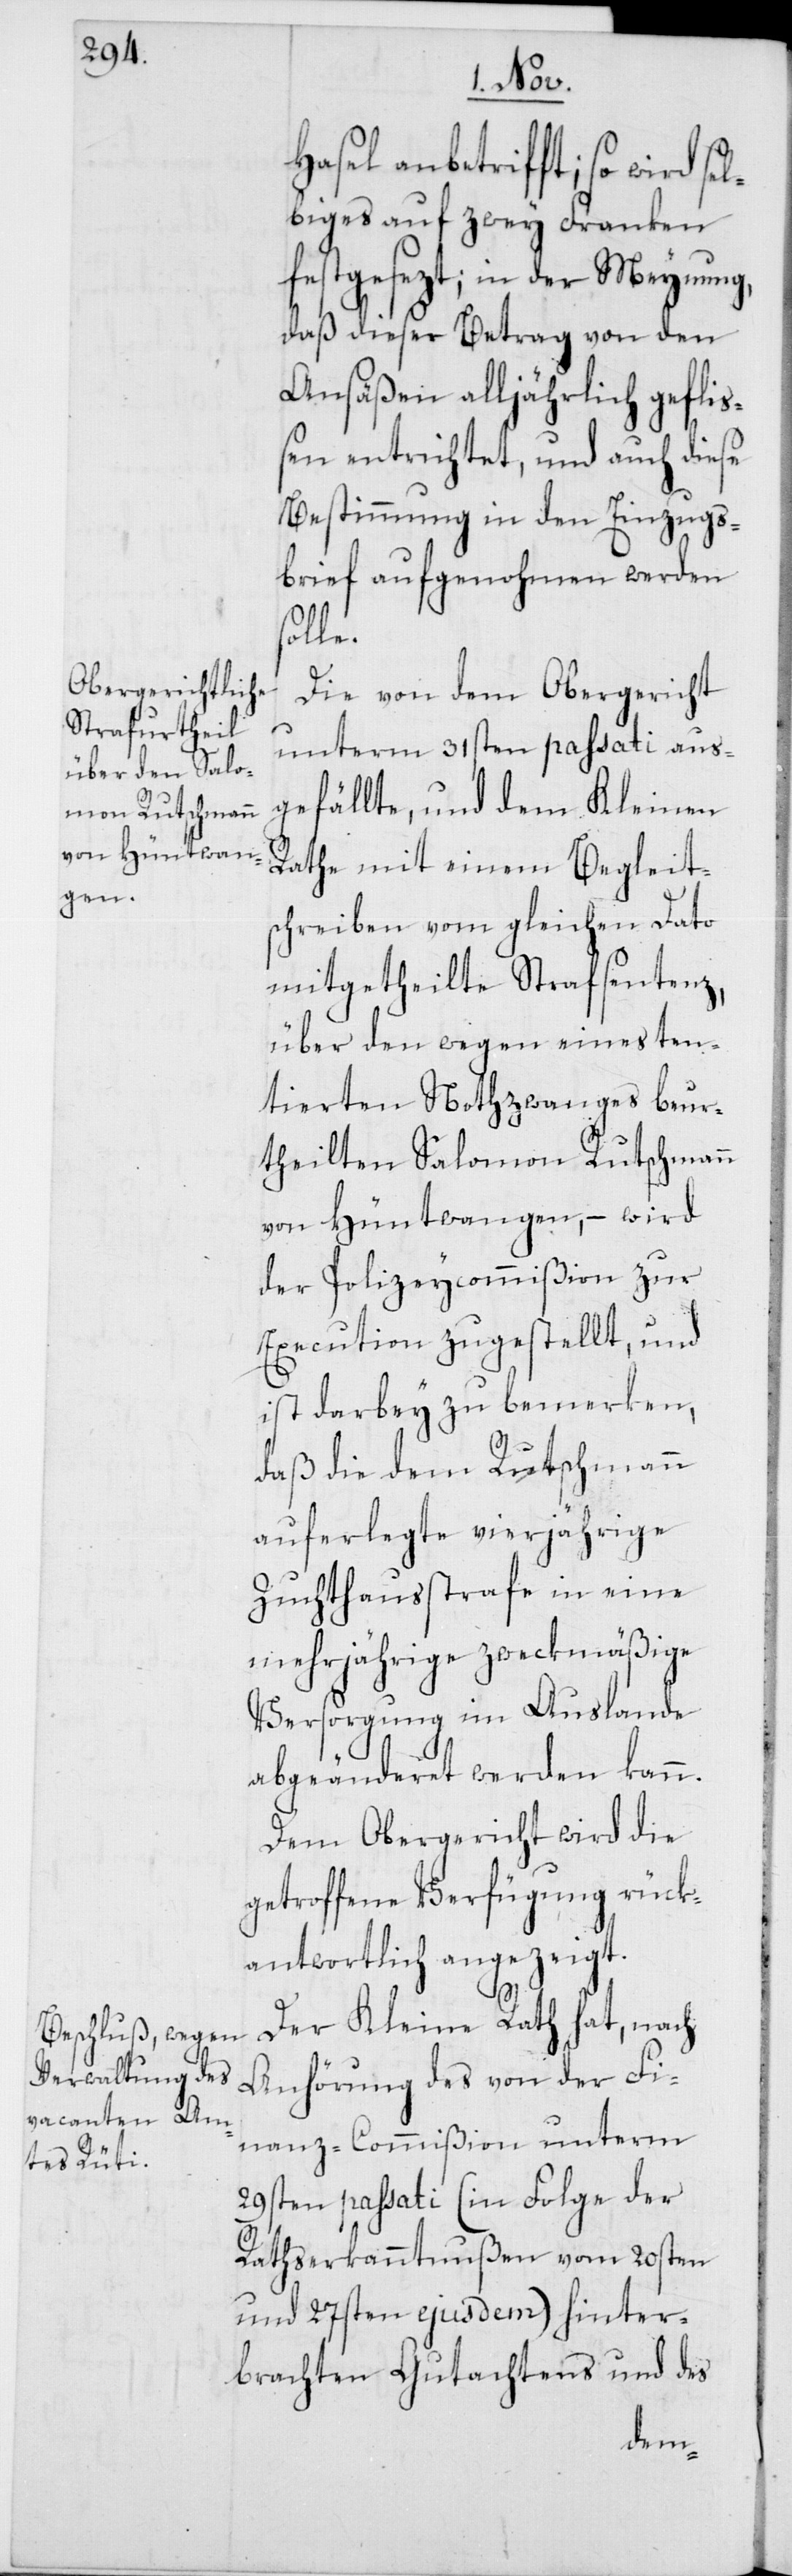
Hasel anbetrifft; so wird se¬
lbiges auf zwey Franken
festgesezt; in der Meynung,
daß dieser Betrag von den
Ansäßen alljährlich gefli¬
ßen entrichtet, und auch diese
Bestimmung in den Einzugs¬
brief aufgenohmen werden
solle.
Die von dem Obergericht
unterm 31sten passati aus¬
gefällte, und dem Kleinen
Rathe mit einem Begleit¬
schreiben vom gleichen Dato
mitgetheilte Strafsentenz,
über den wegen eines ten¬
tierten Nothzwanges beur¬
theilten Salomon Rutschmann
von Hüntwangen, – wird
der Polizeycommißion zur
Execution zugestellt, und
ist darbey zu bemerken,
daß die dem Rutschmann
auferlegte vierjährige
Zuchthausstrafe in eine
mehrjährige zweckmäßige
Versorgung im Auslande
abgeänderet werden kann.
Dem Obergericht wird die
getroffene Verfügung rück¬
antwortlich angezeigt.
Der Kleine Rath hat, nach
Anhörung des von der Fi¬
nanz-Commißion unterm
29sten passati (in Folge der
Rathserkanntnußen vom 20sten
und 27sten ejusdem) hinter¬
brachten Gutachtens und des